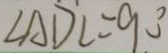
\angle A D C = 9 0 ^ { \circ }